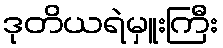
ဒုတိယရဲမှူးကြီး